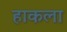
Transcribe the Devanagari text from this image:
हाकला